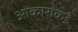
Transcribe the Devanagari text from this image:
ओंकारांकडे